Annual statistical returns and brief notes on vaccination in Bengal - 1896-1909
Year: 1896
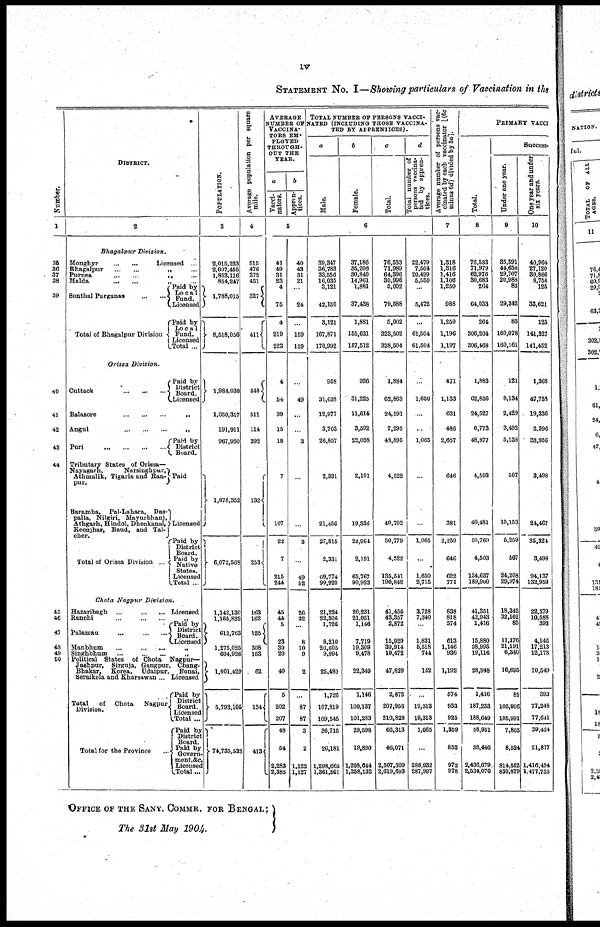
iv
STATEMENT NO. I—Showing particulars of Vaccination in the
Number.
l
35
36
37
38
39
40
41
42
43
44
45
46
47
48
49
50
DISTRICT.
2
Bhagalpur
Division.
Monghyr
...
...
Licensed ...
Bhagalpur
...
...
„
...
Purnea
...
...
„
...
Malda
...
...
„
...
Sonthal Parganas ... ...
Total of Bhagalpur Division
Paid by
Local
Fund.
Licensed
Paid by
Local
Fund.
Licensed
Total ...
Orissa Division.
Cuttack
...
...
...
Paid by
District
Board.
Licensed
Balasore
...
...
...
„
...
Angul
...
...
...
„
...
Puri
...
...
...
...
Tributary States of Orissa—
Nayagarh.
Narsinghpur,
Athmalik, Tigaria and Ran-
pur.
Baramba, Pal-Lahara, Das-
palla, Nilgiri, Mayurbhanj,
Athgarh, Hindol, Dhenkanal,
Keonjhar, Baud, and Tal-
cher.
Total of Orissa Division ...
Paid by
District
Board.
Paid
Licensed
Paid by
District
Board.
Paid by
Native
States.
Licensed
Total ...
Chota Nagpur
Division.
Hazaribagh
...
...
...
Licensed
Ranchi ... ... ... „ ...
Palamau
...
...
...
Paid by
District
Board.
Licensed
Manbhum
...
...
...
„
Singhbhum
...
...
...
„
Political States of Chota Nagpur—
Jashpur, Sirguja, Gangpur, Chang-
Bhakar, Korea, Udaipur, Bonai,
Seraikela and Kharsawan ... Licensed
Total
of Chota
Nagpur
Division.
Total for the Province ...
Paid by
District
Board.
Licensed
Total ...
Paid by
District
Board.
Paid by
Govern¬
ment,&c.
Licensed
Total...
POPULATION.
3
2,015,223
2,007,455
1,853,116
854,247
1,788,015
8,518,056
1,984,038
1,050,317
191,911
967,950
1,878,352
6,072,568
1,142,130
1,155,832
613,763
1,275,025
604,926
1,001,429
5,793,105
74,735,533
Average population per square
mile.
4
515
476
372
451
327
411
548
511
114
392
132
253
163
162
125
308
153
62
134
413
AVERAGE
NUMBER OF
VACCINA-
---- EM-
PLOYED
THROUGH-
OUT THE
YEAR.
a
Vacci-
nators.
b
Appren-
tices.
5
41
49
31
23
4
75
4
219
223
4
54
39
15
18
7
107
22
7
215
244
45
44
5
23
30
20
40
5
202
207
48
54
2,283
2,385
40
43
31
21
...
24
...
159
159
...
49
...
...
3
...
...
3
...
49
52
26
32
...
8
10
9
2
...
87
87
3
2
1,122
1,127
TOTAL NUMBER OF PERSONS VACCI-
----- (INCLUDING THOSE VACCINA-
TED BY APPRENTICES).
a
Male.
b
Female.
c
Total.
d
Total number of
persons vaccina-
ted by appren-
tices.
6
39,347
36,783
33,556
16,035
3,121
42,150
3,121
167,871
170,992
958
31,638
12,977
3,703
26,857
2,331
21,456
27,815
2,331
69,774
99,920
21,224
22,306
1,726
8,210
20,605
9,994
25,480
1,726
107,819
109,545
36,715
26,181
1,298,665
1,361,561
37,186
35,206
30,840
14,961
1,881
37,438
1,881
155,631
157,512
926
31,225
11,614
3,592
22,038
2,191
19,336
22,964
2,191
65,767
90,922
20,231
21,051
1,146
7,719
19,309
9,478
22,349
1,146
100,137
101,283
29,598
19,890
1,208,644
1,258,132
76,533
71,989
64,396
30,996
5,002
79,588
5,002
323,502
328,504
1,884
62,863
24,591
7,295
48,895
4,522
40,792
50,779
4,522
135,541
190,842
41,455
43,357
2,872
15,929
39,914
19,472
47,829
2,872
207,956
210,828
66,313
46,071
2,507,309
2,619,693
22,479
7,504
20,499
5,550
...
5,472
...
61,504
61,504
...
1,650
...
...
1,065
...
...
1,065
...
1,650
2,715
3,728
7,340
...
1,831
5,518
744
152
...
19,313
19,313
1,065
...
286,932
287,997
Average number of persons vac-
cinated by each vaccinator [(6c
minus 6d) divided by 5a].
7
1,318
1,316
1,416
1,106
1,250
988
1,250
1,196
1,197
471
1,133
631
486
2,657
646
381
2,259
646
622
771
838
818
574
613
1,146
936
1,192
574
933
925
1,359
853
972
978
PRIMARY VACCI
Total.
8
76,533
71,979
62,976
30,683
264
64,033
264
306,204
306,468
1,883
62,856
24,527
6,773
48,877
4,503
40,481
50,760
4,503
134,637
189,900
41,351
42,943
1,416
15,880
38,995
19,116
28,948
1,416
187,233
188,649
58,951
38,446
2,436,679
2,534,076
Success.
Under one year.
9
35,391
44,650
29,707
20,988
83
29,342
83
160,078
160,161
121
8,134
2,429
3,492
5,138
507
10,153
5,259
507
24,208
29,974
18,342
32,162
85
11,176
21,191
6,340
16,695
85
105,906
105,991
7,803
8,524
814,552
830,879
One year and under
six years.
10
40,964
27,120
30,866
8,756
125
33,621
125
141,327
141,452
1,368
47,738
19,336
2,596
33,956
3,498
24,467
35,324
3,498
94,137
132,959
22,579
10,588
393
4,146
17,213
12,173
10,549
393
77,248
77,641
39,424
21,877
1,416,434
1,477,735
OFFICE OF THE SANY. COMMR. FOR BENGAL;
The 31st May 1904.